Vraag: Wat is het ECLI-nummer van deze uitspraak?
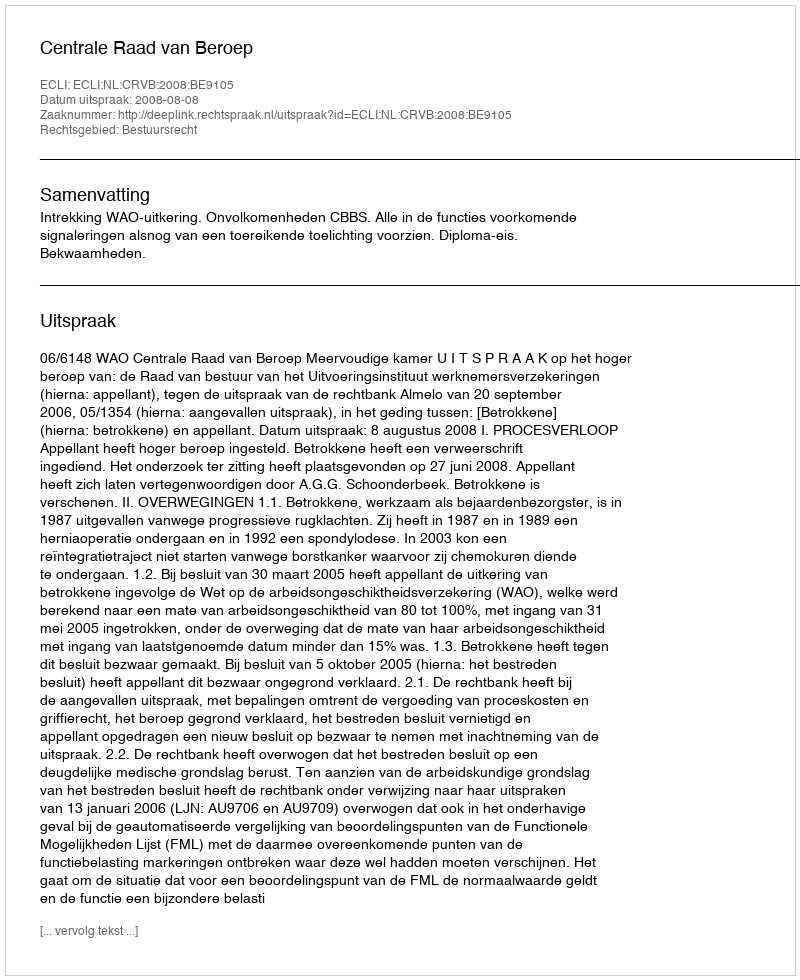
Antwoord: ECLI:NL:CRVB:2008:BE9105